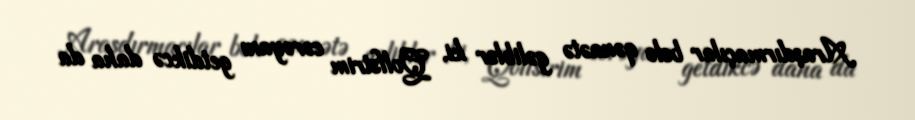
Araşdırmaçılar belə qənaətə gəliblər ki, Qolfstrim cərəyanı getdikcə daha da